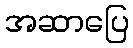
အဆာပြေ